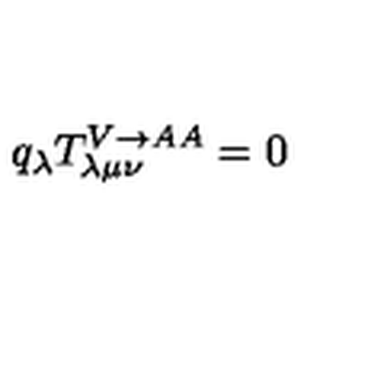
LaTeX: q _ { \lambda } T _ { \lambda \mu \nu } ^ { V \rightarrow A A } = 0